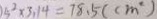
5 ^ { 2 } \times 3 . 1 4 = 7 8 . 5 ( c m ^ { 2 } )